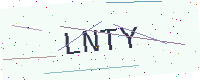
Text: LNTY